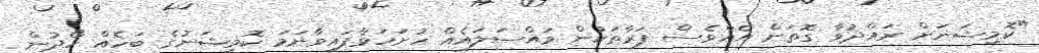
"ކޮމިޝަނަށް ރައްދުވާ ގޮތަށް އެއްވެސް ފަރާތަކުން މައްސަލައެއް ހުށަހަޅާފައިވާނަމަ ކޮމިޝަނުގެ ބަހެއް ހޯދުން